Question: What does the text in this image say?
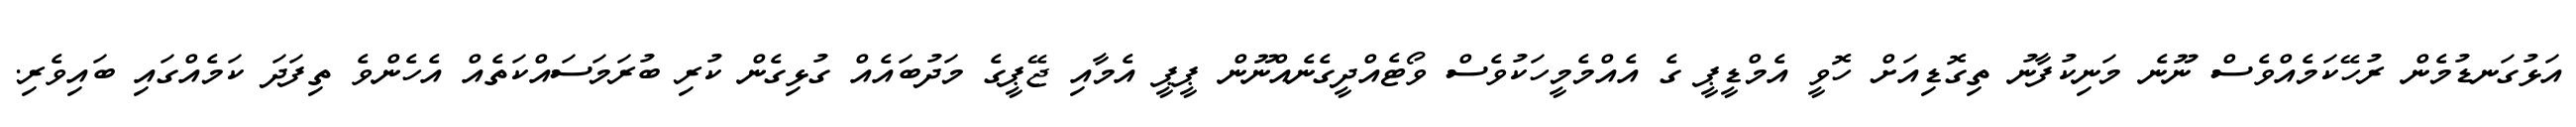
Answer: އަޅުގަނޑުމެން ރުހޭކަމެއްވެސް ނޫނެ މަނިކުފާނު ތިގޮޑިއަށް ހޮވީ އެމްޑީޕީ ގެ އެއްމެމީހަކުވެސް ވޯޓެއްދީގެނެއްނޫން ޕީޕީ އެމާއި ޖޭޕީގެ މަދުބައެއް ގުޅިގެން ކުރި ބުރަމަސައްކަތެއް އެހެންވެ ތިފަދަ ކަމެއްގައި ބައިވެރި.